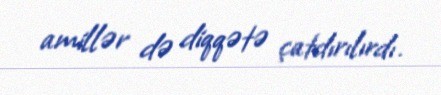
amillər də diqqətə çatdırılırdı.